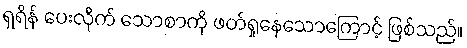
ရှရိန် ပေးလိုက် သောစာကို ဖတ်ရှုနေသောကြောင့် ဖြစ်သည်။